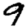
Digit: 9